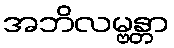
အဘိလမ္ဗန္တာ